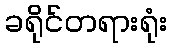
ခရိုင်တရားရုံး